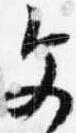
文